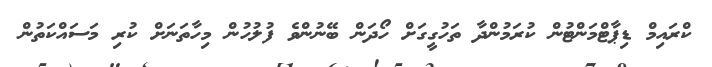
ކްރައިމް ޑިޕާޓްމަންޓުން ކުރަމުންދާ ތަހުގީގަށް ހޯދަން ބޭނުންވެ ފުލުހުން މިހާތަނަށް ކުރި މަސައްކަތުން